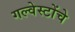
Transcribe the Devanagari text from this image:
गल्वेस्टोंचे